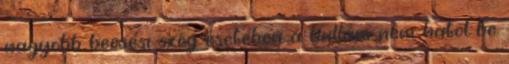
nagyobb beesési szög esetében a hullám nem hatol be